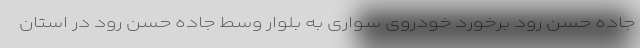
جاده حسن رود برخورد خودروی سواری به بلوار وسط جاده حسن رود در استان